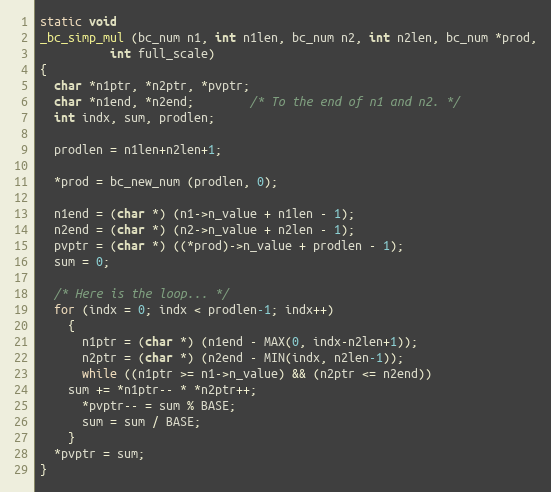
Language: C++
static void
_bc_simp_mul (bc_num n1, int n1len, bc_num n2, int n2len, bc_num *prod,
	      int full_scale)
{
  char *n1ptr, *n2ptr, *pvptr;
  char *n1end, *n2end;		/* To the end of n1 and n2. */
  int indx, sum, prodlen;

  prodlen = n1len+n2len+1;

  *prod = bc_new_num (prodlen, 0);

  n1end = (char *) (n1->n_value + n1len - 1);
  n2end = (char *) (n2->n_value + n2len - 1);
  pvptr = (char *) ((*prod)->n_value + prodlen - 1);
  sum = 0;

  /* Here is the loop... */
  for (indx = 0; indx < prodlen-1; indx++)
    {
      n1ptr = (char *) (n1end - MAX(0, indx-n2len+1));
      n2ptr = (char *) (n2end - MIN(indx, n2len-1));
      while ((n1ptr >= n1->n_value) && (n2ptr <= n2end))
	sum += *n1ptr-- * *n2ptr++;
      *pvptr-- = sum % BASE;
      sum = sum / BASE;
    }
  *pvptr = sum;
}